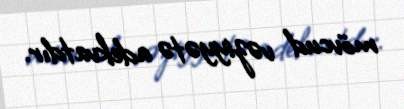
mövcud vəziyyətə adekvatdır.